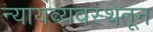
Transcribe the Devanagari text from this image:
न्यायव्यवस्थेतून